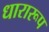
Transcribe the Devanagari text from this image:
धारारूप